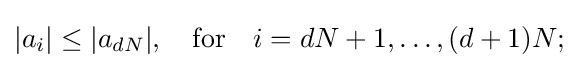
|a_{i}|\leq |a_{dN}|,\quad {\text{for}}\quad i=dN+1,\dots ,(d+1)N;